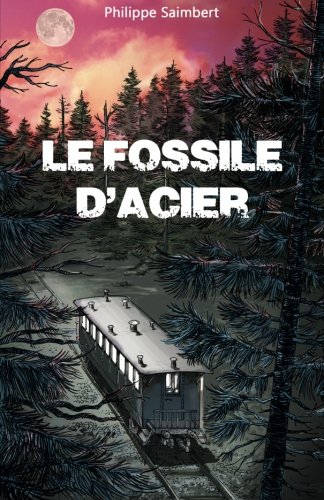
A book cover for Le fossile d'acier (French Edition); Philippe Saimbert; Science Fiction & Fantasy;